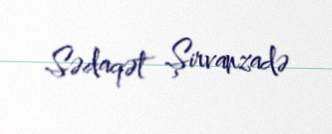
Sədaqət Şirvanzadə